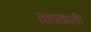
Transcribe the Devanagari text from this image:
तापवाली